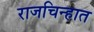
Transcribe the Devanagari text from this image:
राजचिन्हात